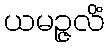
ယမဉ္ဇလိံ